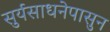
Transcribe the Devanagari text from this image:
सुर्यसाधनेपासुन